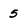
Character: 5